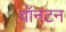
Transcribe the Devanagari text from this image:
वॉनटन